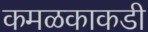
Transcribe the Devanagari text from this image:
कमळकाकडी